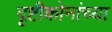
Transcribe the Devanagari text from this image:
दृष्टीकोनांच्या